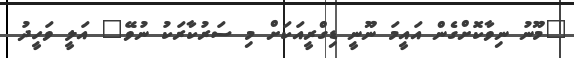
"މޫނު ނިވާކޮށްގެން އައީމަ ނޫނީ ޑިގްރީއަކަށް މި ސަރުކާރަކު ނުވޭ" އަލީ ވަހީދު